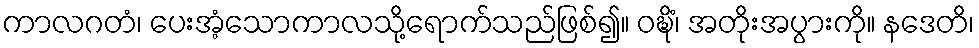
ကာလဂတံ၊ ပေးအံ့သောကာလသို့ရောက်သည်ဖြစ်၍။ ဝဍ္ဎိံ၊ အတိုးအပွားကို။ နဒေတိ၊